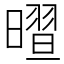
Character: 𣊏